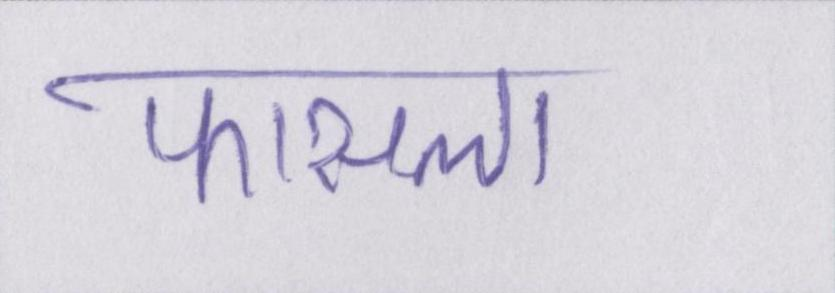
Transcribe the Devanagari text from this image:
फासला